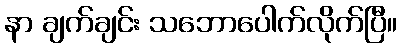
နာ ချက်ချင်း သဘောပေါက်လိုက်ပြီ။